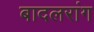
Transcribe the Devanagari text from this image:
बादलरांग